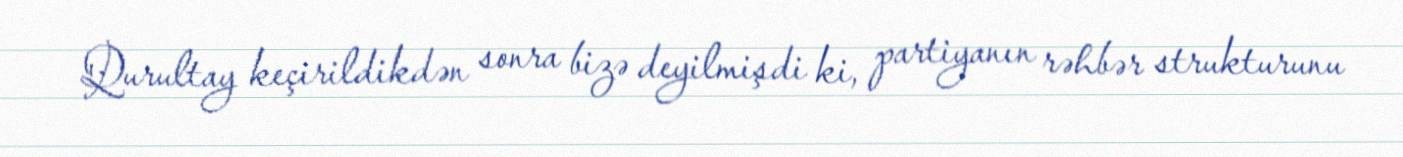
Qurultay keçirildikdən sonra bizə deyilmişdi ki, partiyanın rəhbər strukturunu